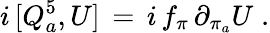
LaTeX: i\, [Q_{a}^{5},U]\, =\, i\, f_{\pi}\, \partial_{\pi_{a}}U\; .